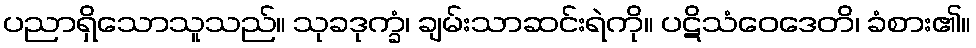
ပညာရှိသောသူသည်။ သုခဒုက္ခံ၊ ချမ်းသာဆင်းရဲကို။ ပဋိသံဝေဒေတိ၊ ခံစား၏။